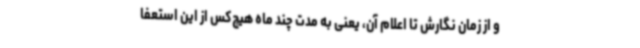
و از زمان نگارش تا اعلام آن، یعنی به مدت چند ماه هیچ‌کس از این استعفا